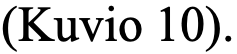
(Kuvio 10).